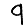
Digit: 9